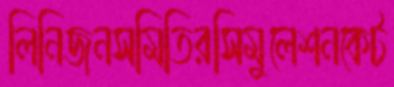
লিনিজনসমিতিরসিমুলেশনকেট